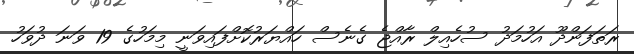
ރަތަފަންދޫ އަހުމަދު ސުހެއިލް ރާއްޖެ ގެނެސް ހައްޔަރުކޮށްފައިވަނީ މިމަހުގެ 19 ވަނަ ދުވަހު